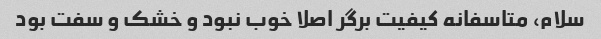
سلام، متاسفانه کیفیت برگر اصلا خوب نبود و خشک و سفت بود